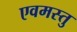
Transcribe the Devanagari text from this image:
एवमस्तु